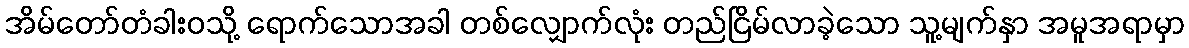
အိမ်တော်တံခါးဝသို့ ရောက်သောအခါ တစ်လျှောက်လုံး တည်ငြိမ်လာခဲ့သော သူ့မျက်နှာ အမူအရာမှာ